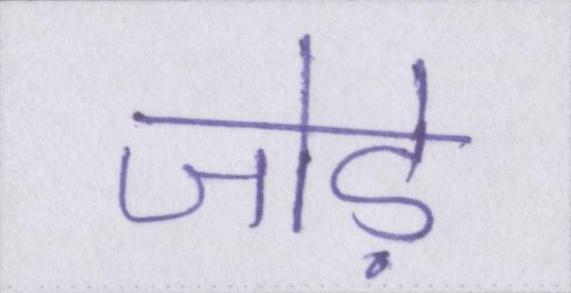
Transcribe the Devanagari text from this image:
जोड़े